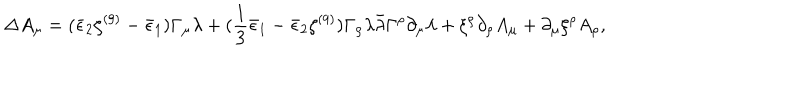
\Delta A _ { \mu } = ( \bar { \epsilon } _ { 2 } \zeta ^ { ( 9 ) } - \bar { \epsilon } _ { 1 } ) \Gamma _ { \mu } \lambda + ( { \frac { 1 } { 3 } } \bar { \epsilon } _ { 1 } - \bar { \epsilon } _ { 2 } \zeta ^ { ( 9 ) } ) \Gamma _ { \rho } \lambda \bar { \lambda } \Gamma ^ { \rho } \partial _ { \mu } \lambda + \xi ^ { \rho } \partial _ { \rho } A _ { \mu } + \partial _ { \mu } \xi ^ { \rho } A _ { \rho } ,